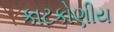
કાટકોણીય